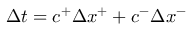
\Delta t = c ^ { + } \Delta x ^ { + } + c ^ { - } \Delta x ^ { - }